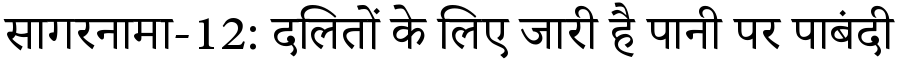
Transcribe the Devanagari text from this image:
सागरनामा-12: दलितों के लिए जारी है पानी पर पाबंदी